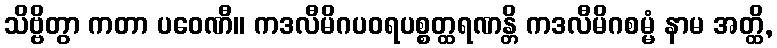
သိဗ္ဗိတွာ ကတာ ပဝေဏီ။ ကဒလီမိဂပဝရပစ္စတ္ထရဏန္တိ ကဒလီမိဂစမ္မံ နာမ အတ္ထိ,